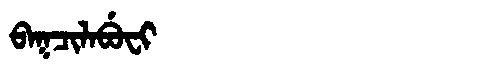
Manchu: ᠪᠠᡴᠴᡳᠯᠠᠪᡠᠸᡳ
Romanization: BAKCILABUFI